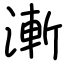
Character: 漸